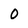
Character: 0